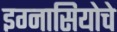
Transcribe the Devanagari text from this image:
इग्नासियोचे